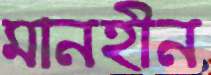
মানহীন